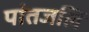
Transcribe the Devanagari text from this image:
पांतजलि